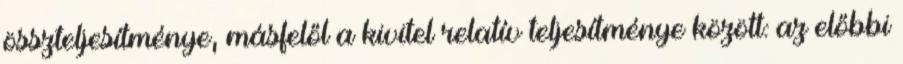
összteljesítménye, másfelől a kivitel relatív teljesítménye között: az előbbi